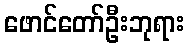
ဖောင်တော်ဦးဘုရား